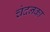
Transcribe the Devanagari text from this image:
चंदनका